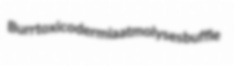
Burr toxicodermia atmolyses buffle